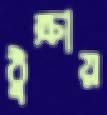
ঠুক্‌রায়